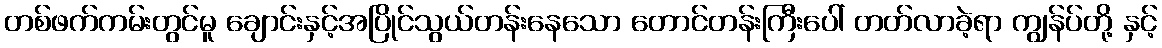
တစ်ဖက်ကမ်းတွင်မူ ချောင်းနှင့်အပြိုင်သွယ်တန်းနေသော တောင်တန်းကြီးပေါ် တတ်လာခဲ့ရာ ကျွန်ပ်တို့ နှင့်